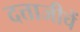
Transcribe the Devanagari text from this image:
दत्ताजीचें